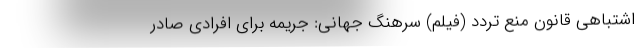
اشتباهی قانون منع تردد (فیلم) سرهنگ جهانی: جریمه برای افرادی صادر